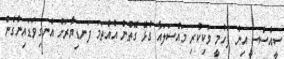
ސީއެސްސީ އިން ފަހުމީ ވަކިކުރި މައްސަލައާ ގުޅޭ ގޮތުން އުއްތަމަ ފަނޑިޔާރަށް އެނގިވަޑައިނުގެން